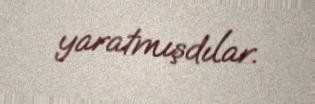
yaratmışdılar.